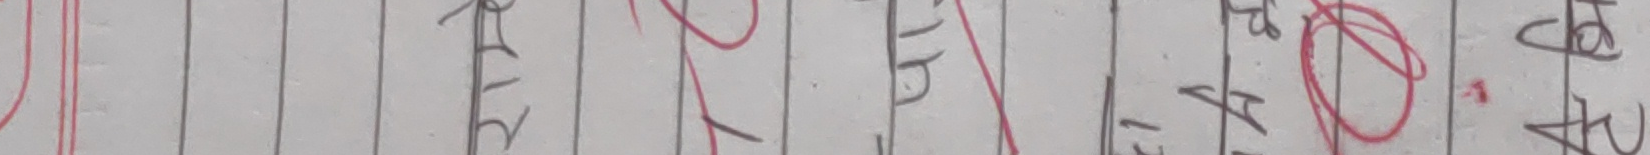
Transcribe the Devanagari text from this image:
२८१४७१४चढु